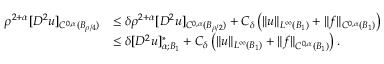
\begin{array} { r l } { \rho ^ { 2 + \alpha } [ D ^ { 2 } u ] _ { C ^ { 0 , \alpha } ( B _ { \rho / 4 } ) } } & { \le \delta \rho ^ { 2 + \alpha } [ D ^ { 2 } u ] _ { C ^ { 0 , \alpha } ( B _ { \rho / 2 } ) } + C _ { \delta } \left( \| u \| _ { L ^ { \infty } ( B _ { 1 } ) } + \| f \| _ { C ^ { 0 , \alpha } ( B _ { 1 } ) } \right) } \\ & { \le \delta [ D ^ { 2 } u ] _ { \alpha ; B _ { 1 } } ^ { * } + C _ { \delta } \left( \| u \| _ { L ^ { \infty } ( B _ { 1 } ) } + \| f \| _ { C ^ { 0 , \alpha } ( B _ { 1 } ) } \right) . } \end{array}